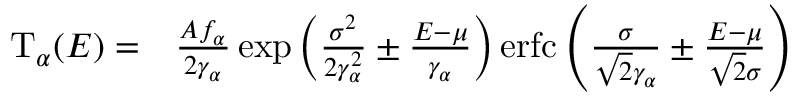
\begin{array} { r l } { \mathrm { T } _ { \alpha } ( E ) = } & { { } \frac { A f _ { \alpha } } { 2 \gamma _ { \alpha } } \exp \left( \frac { \sigma ^ { 2 } } { 2 \gamma _ { \alpha } ^ { 2 } } \pm \frac { E - \mu } { \gamma _ { \alpha } } \right) \mathrm { e r f c } \left( \frac { \sigma } { \sqrt { 2 } \gamma _ { \alpha } } \pm \frac { E - \mu } { \sqrt { 2 } \sigma } \right) } \end{array}